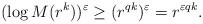
LaTeX: \begin{align*}(\log M(r^k))^{\varepsilon} \geq (r^{qk})^{\varepsilon}= r^{\varepsilon qk}. \end{align*}